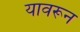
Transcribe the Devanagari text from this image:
यावरून